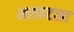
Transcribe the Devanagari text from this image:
भरकटला